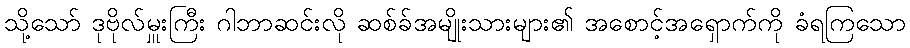
သို့သော် ဒုဗိုလ်မှူးကြီး ဂါဘာဆင်းလို ဆစ်ခ်အမျိုးသားများ၏ အစောင့်အရှောက်ကို ခံရကြသော